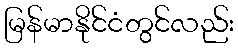
မြန်မာနိုင်ငံတွင်လည်း